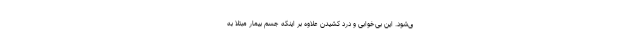
ی‌شود. این بی‌خوابی و درد کشیدن علاوه بر اینکه جسم بیمار مبتلا به